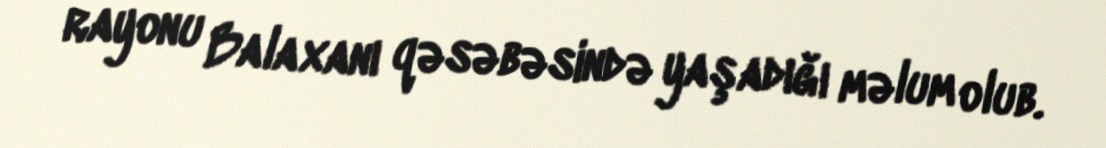
rayonu Balaxanı qəsəbəsində yaşadığı məlum olub.